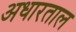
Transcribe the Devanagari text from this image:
अधारताल